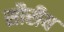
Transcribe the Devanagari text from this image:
सौरीय